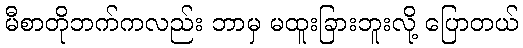
မီစာတိုဘက်ကလည်း ဘာမှ မထူးခြားဘူးလို့ ပြောတယ်